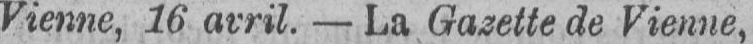
Vienne, 16 avril. - La Gazette de Vienne,